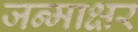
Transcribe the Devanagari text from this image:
जन्माक्षर